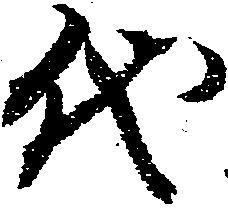
代